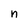
Character: n